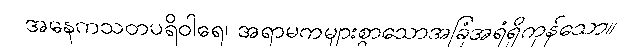
အနေကသတပရိဝါရေ၊ အရာမကများစွာသောအခြံအရံရှိကုန်သော။